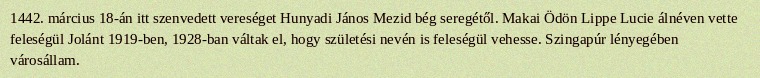
1442. március 18-án itt szenvedett vereséget Hunyadi János Mezid bég seregétől. Makai Ödön Lippe Lucie álnéven vette feleségül Jolánt 1919-ben, 1928-ban váltak el, hogy születési nevén is feleségül vehesse. Szingapúr lényegében városállam.